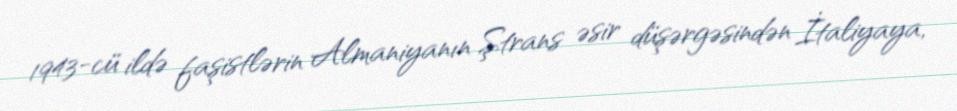
1943-cü ildə faşistlərin Almaniyanın Ştrans əsir düşərgəsindən İtaliyaya,